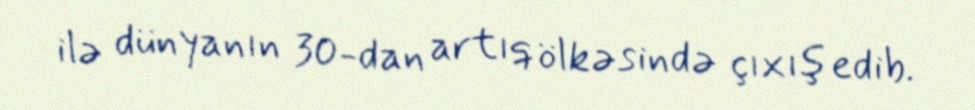
ilə dünyanın 30-dan artıq ölkəsində çıxış edib.